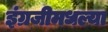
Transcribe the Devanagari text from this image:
इंग्रजीमधल्या